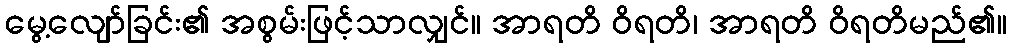
မွေ့လျော်ခြင်း၏ အစွမ်းဖြင့်သာလျှင်။ အာရတိ ဝိရတိ၊ အာရတိ ဝိရတိမည်၏။